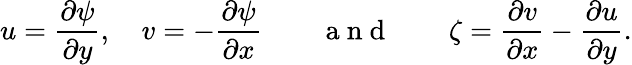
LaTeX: u=\frac{\partial\psi}{\partial y},\quad v=-\frac{\partial\psi}{\partial x}\qquad\mathrm{~a~n~d~}\qquad\zeta=\frac{\partial v}{\partial x}-\frac{\partial u}{\partial y}.